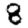
Digit: 8